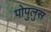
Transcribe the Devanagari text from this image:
पोपुलुस